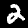
Digit: 2